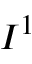
I ^ { 1 }